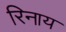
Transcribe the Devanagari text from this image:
रिनाय